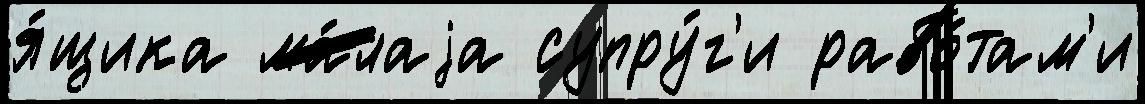
я́щика ма́лаjа супру́г'и рабо́там'и